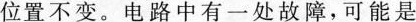
位置不变。电路中有一处故障，可能是